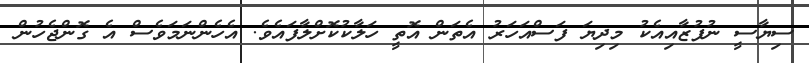
ސިޔާސީ ނުފުޒާއިއެކު މިދިޔަ ފަސްއަހަރު އެތަން އޮތީ ހަލާކުކޮށްލާފައެވެ. އެހެންނަމަވެސް އެ ގޮންޖެހުން